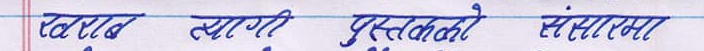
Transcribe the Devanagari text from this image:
पढ्न लागी पुस्तकको समस्या